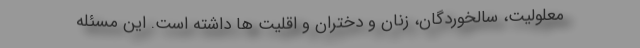
معلولیت، سالخوردگان، زنان و دختران و اقلیت ها داشته است. این مسئله